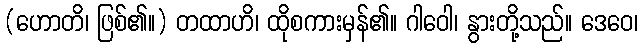
(ဟောတိ၊ ဖြစ်၏။) တထာဟိ၊ ထိုစကားမှန်၏။ ဂါဝေါ၊ နွားတို့သည်။ ဒေဝေ၊